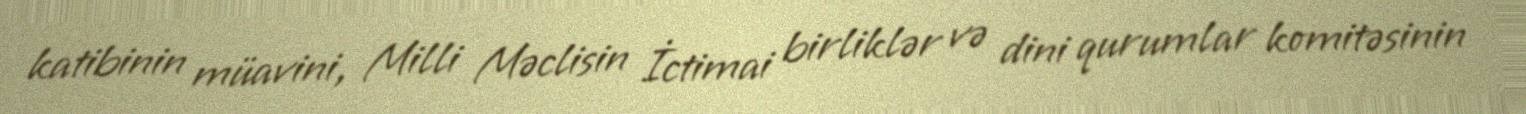
katibinin müavini, Milli Məclisin İctimai birliklər və dini qurumlar komitəsinin